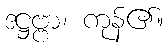
ဒဋ္ဌဗ္ဗာ၊ ကုန်၏။